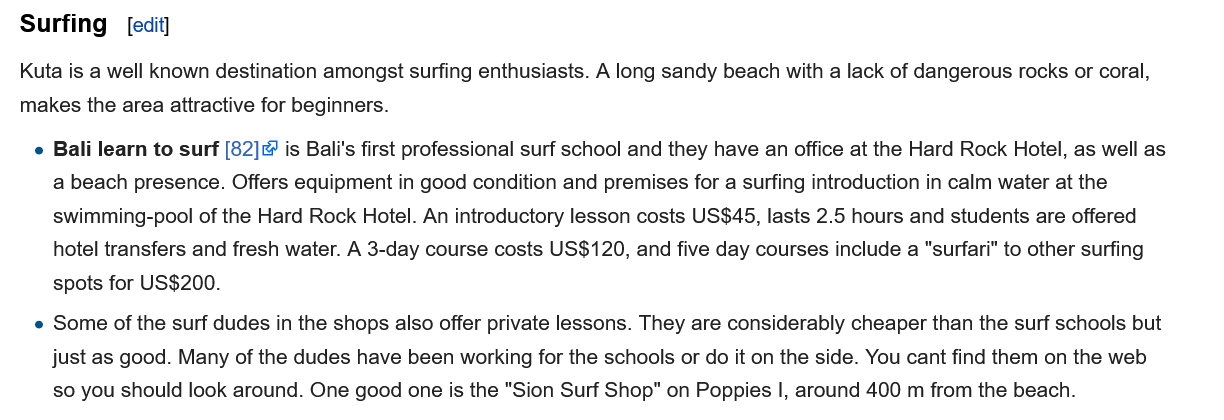
Surfing   [edit]
  Kuta is a well known destination amongst surfing enthusiasts. A long sandy beach with a lack of dangerous rocks or coral,
  makes the area attractive for beginners.
    e Bali learn to surf [82] is Bali's first professional surf school and they have an office at the Hard Rock Hotel, as well as
     a beach presence. Offers equipment in good condition and premises for a surfing introduction in calm water at the
     swimming-pool of the Hard Rock Hotel. An introductory lesson costs US$45, lasts 2.5 hours and students are offered
     hotel transfers and fresh water. A 3-day course costs US$120, and five day courses include a "surfari" to other surfing
     spots for US$200.
    e Some of the surf dudes in the shops also offer private lessons. They are considerably cheaper than the surf schools but
     just as good. Many of the dudes have been working for the schools or do it on the side. You cant find them on the web
     so you should look around. One good one is the "Sion Surf Shop" on Poppies |, around 400 m from the beach.